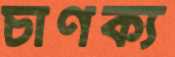
চাণক্য